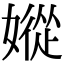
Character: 㜡